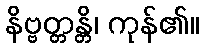
နိဗ္ဗတ္တန္တိ၊ ကုန်၏။